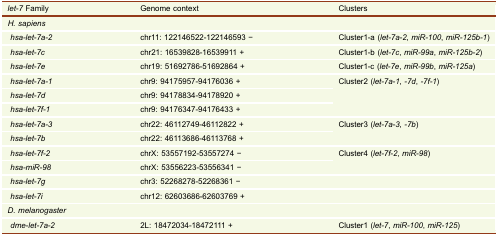
<table><thead><tr><td><b><i>let-7</i> Family</b></td><td><b>Genome context</b></td><td><b>Clusters</b></td></tr></thead><tbody><tr><td colspan="3"><i>H. sapiens</i></td></tr><tr><td> <i>hsa-let-7a-2</i></td><td>chr11: 122146522-122146593 −</td><td>Cluster1-a (<i>let-7a-2</i>, <i>miR-100</i>, <i>miR-125b-1</i>)</td></tr><tr><td> <i>hsa-let-7c</i></td><td>chr21: 16539828-16539911 +</td><td>Cluster1-b (<i>let-7c</i>, <i>miR-99a</i>, <i>miR-125b-2</i>)</td></tr><tr><td> <i>hsa-let-7e</i></td><td>chr19: 51692786-51692864 +</td><td>Cluster1-c (<i>let-7e</i>, <i>miR-99b</i>, <i>miR-125a</i>)</td></tr><tr><td> <i>hsa-let-7a-1</i></td><td>chr9: 94175957-94176036 +</td><td rowspan="3">Cluster2 (<i>let-7a-1</i>, <i>-7d</i>, <i>-7f-1</i>)</td></tr><tr><td> <i>hsa-let-7d</i></td><td>chr9: 94178834-94178920 +</td></tr><tr><td> <i>hsa-let-7f-1</i></td><td>chr9: 94176347-94176433 +</td></tr><tr><td> <i>hsa-let-7a-3</i></td><td>chr22: 46112749-46112822 +</td><td rowspan="2">Cluster3 (<i>let-7a-3</i>, <i>-7b</i>)</td></tr><tr><td> <i>hsa-let-7b</i></td><td>chr22: 46113686-46113768 +</td></tr><tr><td> <i>hsa-let-7f-2</i></td><td>chrX: 53557192-53557274 −</td><td rowspan="2">Cluster4 (<i>let-7f-2</i>, <i>miR-98</i>)</td></tr><tr><td> <i>hsa-miR-98</i></td><td>chrX: 53556223-53556341 −</td></tr><tr><td> <i>hsa-let-7g</i></td><td>chr3: 52268278-52268361 −</td><td></td></tr><tr><td> <i>hsa-let-7i</i></td><td>chr12: 62603686-62603769 +</td><td></td></tr><tr><td colspan="3"><i>D. melanogaster</i></td></tr><tr><td> <i>dme-let-7a-2</i></td><td>2L: 18472034-18472111 +</td><td>Cluster1 (<i>let-7</i>, <i>miR-100</i>, <i>miR-125</i>)</td></tr></tbody></table>